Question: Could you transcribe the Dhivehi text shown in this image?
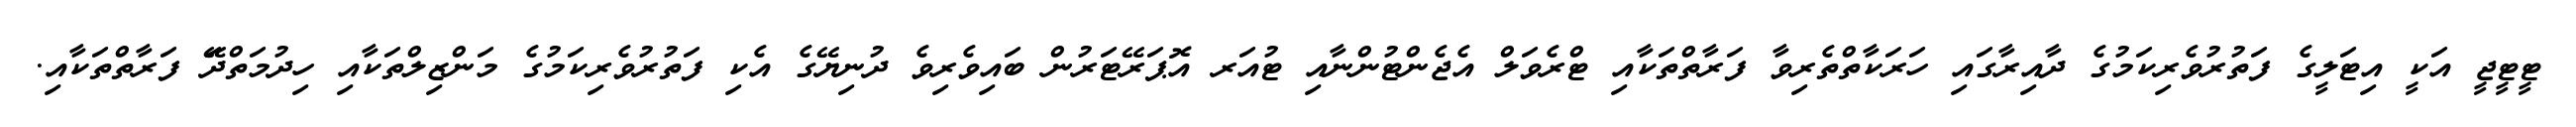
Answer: ޓީޓީޖީ އަކީ އިޓަލީގެ ފަތުރުވެރިކަމުގެ ދާއިރާގައި ހަރަކާތްތެރިވާ ފަރާތްތަކާއި ޓްރެވަލް އެޖެންޓުންނާއި ޓުއަރ އޮޕަރޭޓަރުން ބައިވެރިވެ ދުނިޔޭގެ އެކި ފަތުރުވެރިކަމުގެ މަންޒިލްތަކާއި ހިދުމަތްދޭަ ފަރާތްތަކާއި.